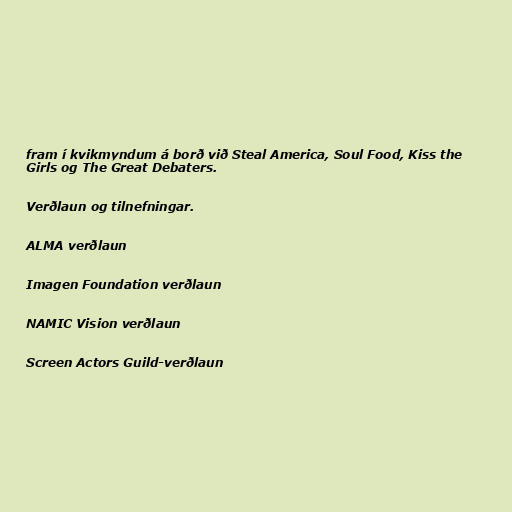
fram í kvikmyndum á borð við Steal America, Soul Food, Kiss the
Girls og The Great Debaters.

Verðlaun og tilnefningar.

ALMA verðlaun

Imagen Foundation verðlaun

NAMIC Vision verðlaun

Screen Actors Guild-verðlaun